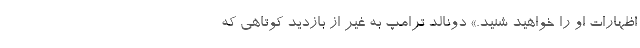
اظهارات او را خواهید شنید.» دونالد ترامپ به غیر از بازدید کوتاهی که